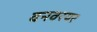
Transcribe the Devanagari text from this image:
वनवरयर